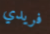
فريدي